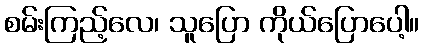
စမ်းကြည့်လေ၊ သူပြော ကိုယ်ပြောပေါ့။